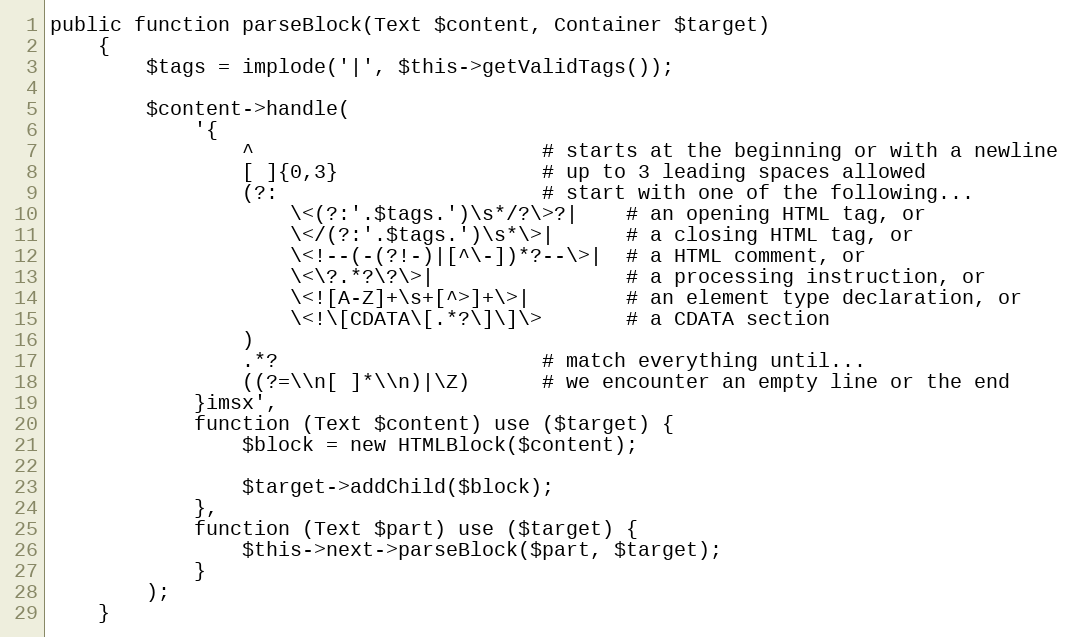
Language: PHP
public function parseBlock(Text $content, Container $target)
    {
        $tags = implode('|', $this->getValidTags());

        $content->handle(
            '{
                ^                        # starts at the beginning or with a newline
                [ ]{0,3}                 # up to 3 leading spaces allowed
                (?:                      # start with one of the following...
                    \<(?:'.$tags.')\s*/?\>?|    # an opening HTML tag, or
                    \</(?:'.$tags.')\s*\>|      # a closing HTML tag, or
                    \<!--(-(?!-)|[^\-])*?--\>|  # a HTML comment, or
                    \<\?.*?\?\>|                # a processing instruction, or
                    \<![A-Z]+\s+[^>]+\>|        # an element type declaration, or
                    \<!\[CDATA\[.*?\]\]\>       # a CDATA section
                )
                .*?                      # match everything until...
                ((?=\\n[ ]*\\n)|\Z)      # we encounter an empty line or the end
            }imsx',
            function (Text $content) use ($target) {
                $block = new HTMLBlock($content);

                $target->addChild($block);
            },
            function (Text $part) use ($target) {
                $this->next->parseBlock($part, $target);
            }
        );
    }